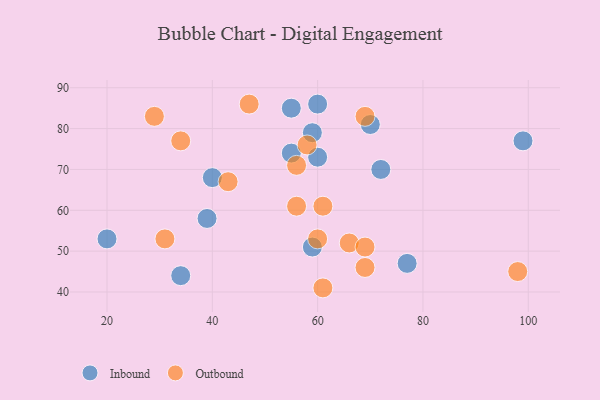
{"axis": {"x": "GDP", "y": "Life Expectancy"}, "legend": ["Inbound", "Outbound"], "data": [{"x": "77", "y": 47, "type": "Inbound"}, {"x": "70", "y": 81, "type": "Inbound"}, {"x": "39", "y": 58, "type": "Inbound"}, {"x": "72", "y": 70, "type": "Inbound"}, {"x": "55", "y": 85, "type": "Inbound"}, {"x": "34", "y": 44, "type": "Inbound"}, {"x": "59", "y": 51, "type": "Inbound"}, {"x": "40", "y": 68, "type": "Inbound"}, {"x": "60", "y": 86, "type": "Inbound"}, {"x": "20", "y": 53, "type": "Inbound"}, {"x": "99", "y": 77, "type": "Inbound"}, {"x": "59", "y": 79, "type": "Inbound"}, {"x": "55", "y": 74, "type": "Inbound"}, {"x": "60", "y": 73, "type": "Inbound"}, {"x": "60", "y": 53, "type": "Outbound"}, {"x": "58", "y": 76, "type": "Outbound"}, {"x": "56", "y": 61, "type": "Outbound"}, {"x": "98", "y": 45, "type": "Outbound"}, {"x": "66", "y": 52, "type": "Outbound"}, {"x": "69", "y": 51, "type": "Outbound"}, {"x": "31", "y": 53, "type": "Outbound"}, {"x": "61", "y": 61, "type": "Outbound"}, {"x": "69", "y": 83, "type": "Outbound"}, {"x": "47", "y": 86, "type": "Outbound"}, {"x": "61", "y": 41, "type": "Outbound"}, {"x": "34", "y": 77, "type": "Outbound"}, {"x": "43", "y": 67, "type": "Outbound"}, {"x": "69", "y": 46, "type": "Outbound"}, {"x": "56", "y": 71, "type": "Outbound"}, {"x": "29", "y": 83, "type": "Outbound"}]}